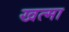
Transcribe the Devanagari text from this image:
खत्मा